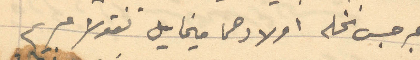
جرجس نخله اولادهما ميخايل نقولا مريم